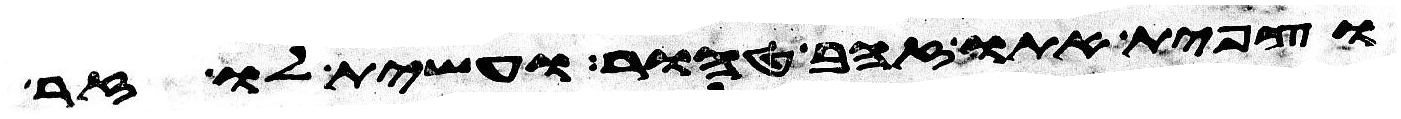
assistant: וצפית אתו זהב טהור ועשית לו זר